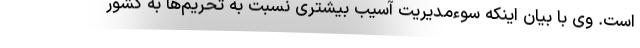
است. وی با بیان اینکه سوءمدیریت آسیب بیشتری نسبت به تحریم‌ها به کشور